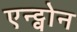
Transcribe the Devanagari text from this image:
एन्ट्वोन